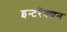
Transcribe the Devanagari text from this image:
इन्टरॅक्शन